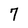
Character: 7